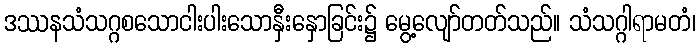
ဒဿနသံသဂ္ဂစသောငါးပါးသောနှီးနှောခြင်း၌ မွေ့လျော်တတ်သည်။ သံသဂ္ဂါရာမတံ၊